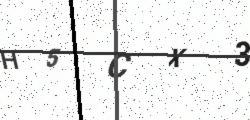
Text: H5CX3